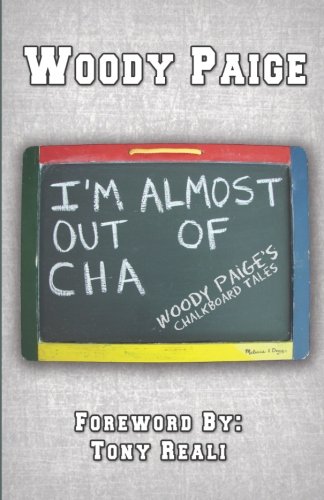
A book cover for I'm Almost Out of Cha: Woody Paige's Chalkboard Tales; Woody Paige; Humor & Entertainment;